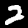
Digit: 2